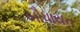
બૌધાયન